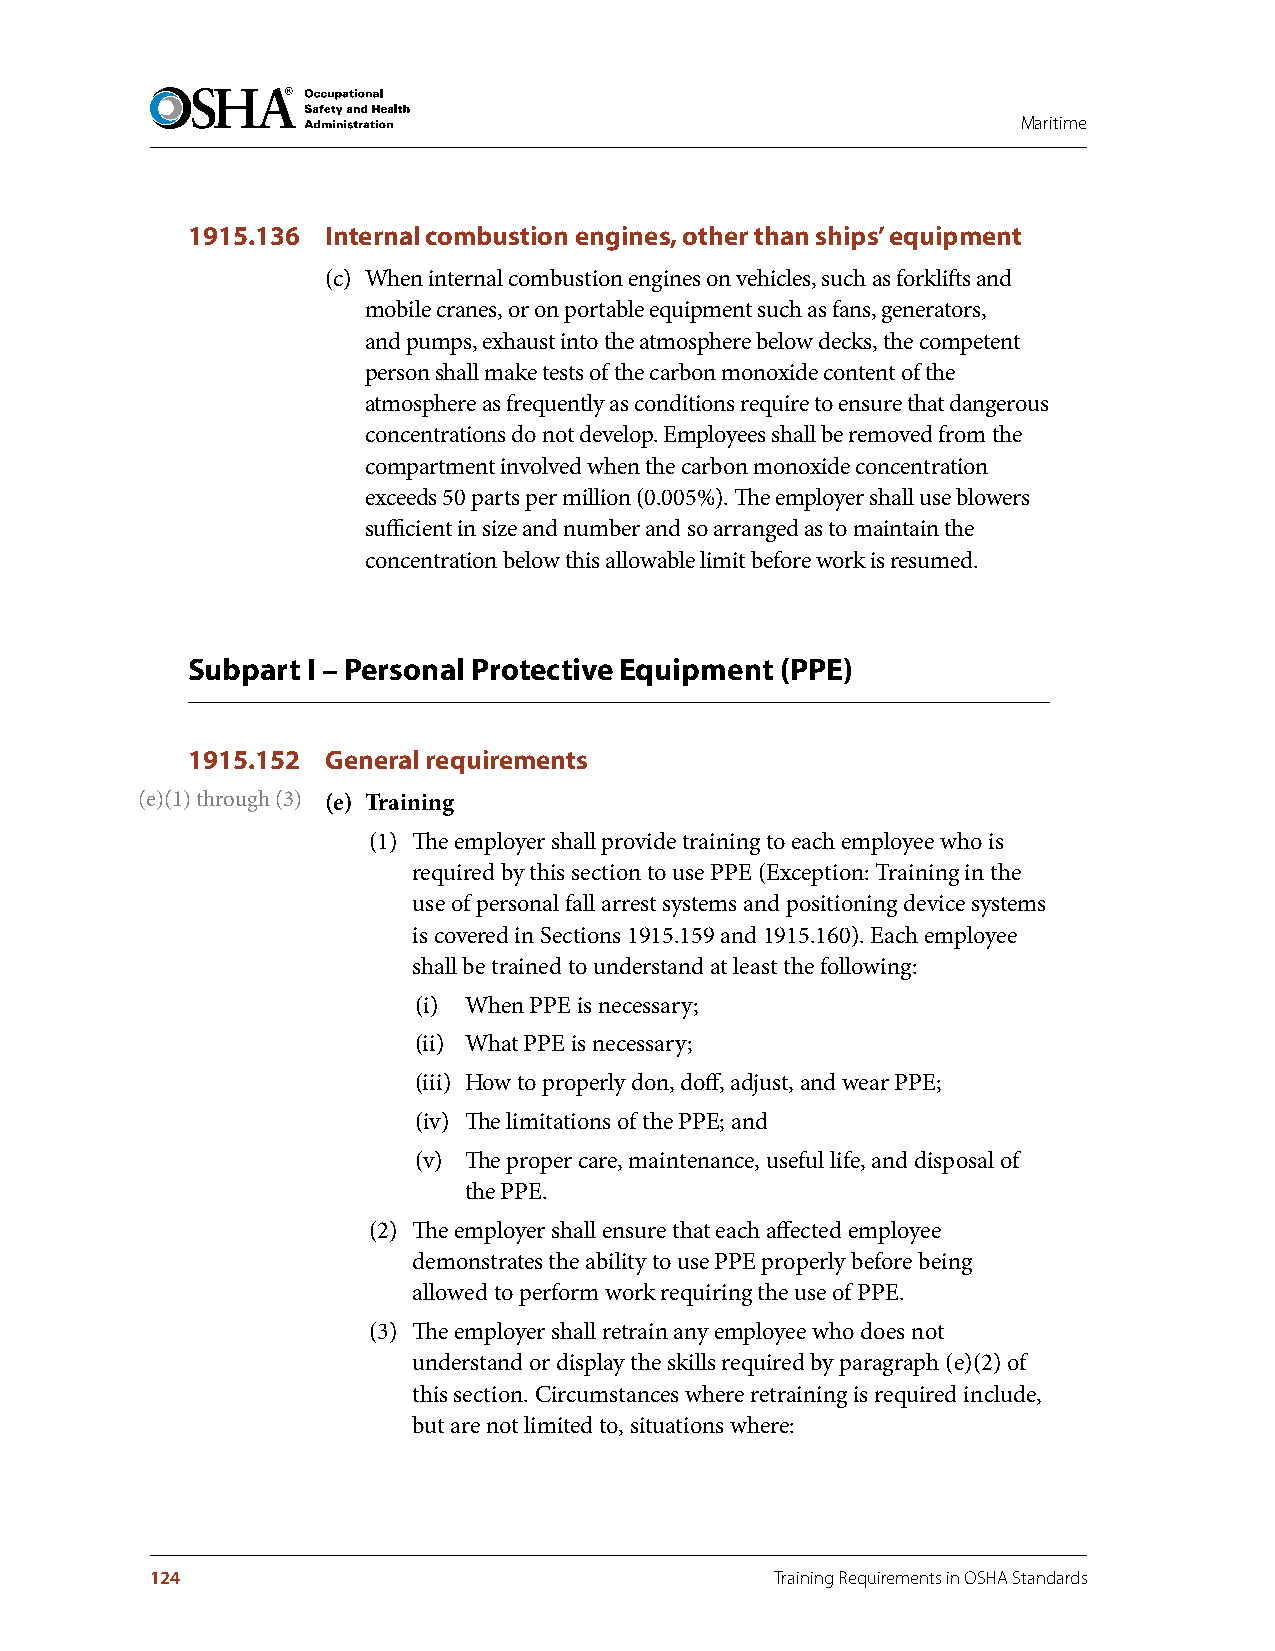
Maritime
 1915.136  Internal combustion engines, other than ships’ equipment
 (c) When internal combustion engines on vehicles, such as forklifts and
 mobile cranes, or on portable equipment such as fans, generators,
 and pumps, exhaust into the atmosphere below decks, the competent
 person shall make tests of the carbon monoxide content of the
 atmosphere as frequently as conditions require to ensure that dangerous
 concentrations do not develop. Employees shall be removed from the
 compartment involved when the carbon monoxide concentration
 exceeds 50 parts per million (0.005%). The employer shall use blowers
 sufficient in size and number and so arranged as to maintain the
 concentration below this allowable limit before work is resumed.
 Subpart I – Personal Protective Equipment (PPE)
 1915.152  General requirements
 (e)(1) through (3) (e) Training
 (1) The employer shall provide training to each employee who is
 required by this section to use PPE (Exception: Training in the
 use of personal fall arrest systems and positioning device systems
 is covered in Sections 1915.159 and 1915.160). Each employee
 shall be trained to understand at least the following:
 (i) When PPE is necessary;
 (ii) What PPE is necessary;
 (iii) How to properly don, doff, adjust, and wear PPE;
 (iv) The limitations of the PPE; and
 (v) The proper care, maintenance, useful life, and disposal of
 the PPE.
 (2) The employer shall ensure that each affected employee
 demonstrates the ability to use PPE properly before being
 allowed to perform work requiring the use of PPE.
 (3) The employer shall retrain any employee who does not
 understand or display the skills required by paragraph (e)(2) of
 this section. Circumstances where retraining is required include,
 but are not limited to, situations where:
 124                                      Training Requirements in OSHA Standards